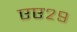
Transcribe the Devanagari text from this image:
एए२९